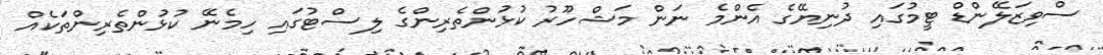
ސްވިޒަލޭންޑް ޓީމުގައި ދުނިޔޭގެ އެންމެ ނަން މަޝްހޫރު ކުޅުންތެރިންގެ ލިސްޓުގައި ހިމެނޭ ކުޅުންތެރިންތަކެއް